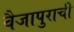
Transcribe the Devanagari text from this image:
वैजापुराची